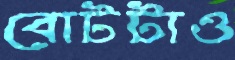
বোটটাও